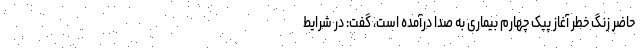
حاضر زنگ خطر آغاز پیک چهارم بیماری به صدا درآمده است، گفت: در شرایط